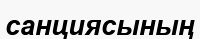
санциясының